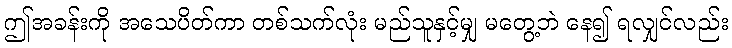
ဤအခန်းကို အသေပိတ်ကာ တစ်သက်လုံး မည်သူနှင့်မျှ မတွေ့ဘဲ နေ၍ ရလျှင်လည်း